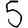
Digit: 5